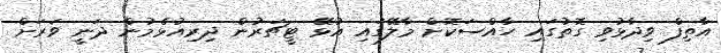
އާތިފް ވިދާޅުވި ގޮތުގައި ހާއްސަކޮށް މާލޭގައި އުޅޭ ޓީޗަރުން ދިރިއުޅެމުން ދަނީ ވަރަށް